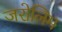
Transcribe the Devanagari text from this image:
जरोलिम